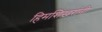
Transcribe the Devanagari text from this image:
हिमशिखरांनी